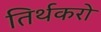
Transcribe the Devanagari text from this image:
तिर्थकरो